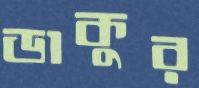
ডাকুর